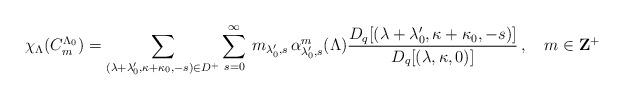
LaTeX: \begin{align*}\chi_\Lambda(C_m^{\Lambda_0})=\sum_{(\lambda+\lambda_0',\kappa+\kappa_0,-s)\in D^+}\sum_{s=0}^\infty\,m_{\lambda_0',s}\,\alpha^m_{\lambda_0',s}(\Lambda)\frac{D_q[(\lambda+\lambda_0',\kappa+\kappa_0,-s)]}{D_q[(\lambda,\kappa,0)]}\,,~~~m\in{\bf Z}^+\end{align*}